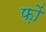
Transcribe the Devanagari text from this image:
फ़ों